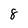
Character: 8